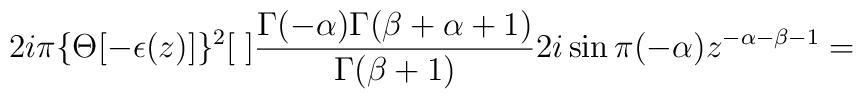
2i\pi\{\Theta[-\epsilon(z)]\}^2[\;]\frac {\Gamma(-\alpha)\Gamma(\beta+\alpha+1)} {\Gamma(\beta+1)}2i\sin\pi(-\alpha) z^{-\alpha-\beta-1}=